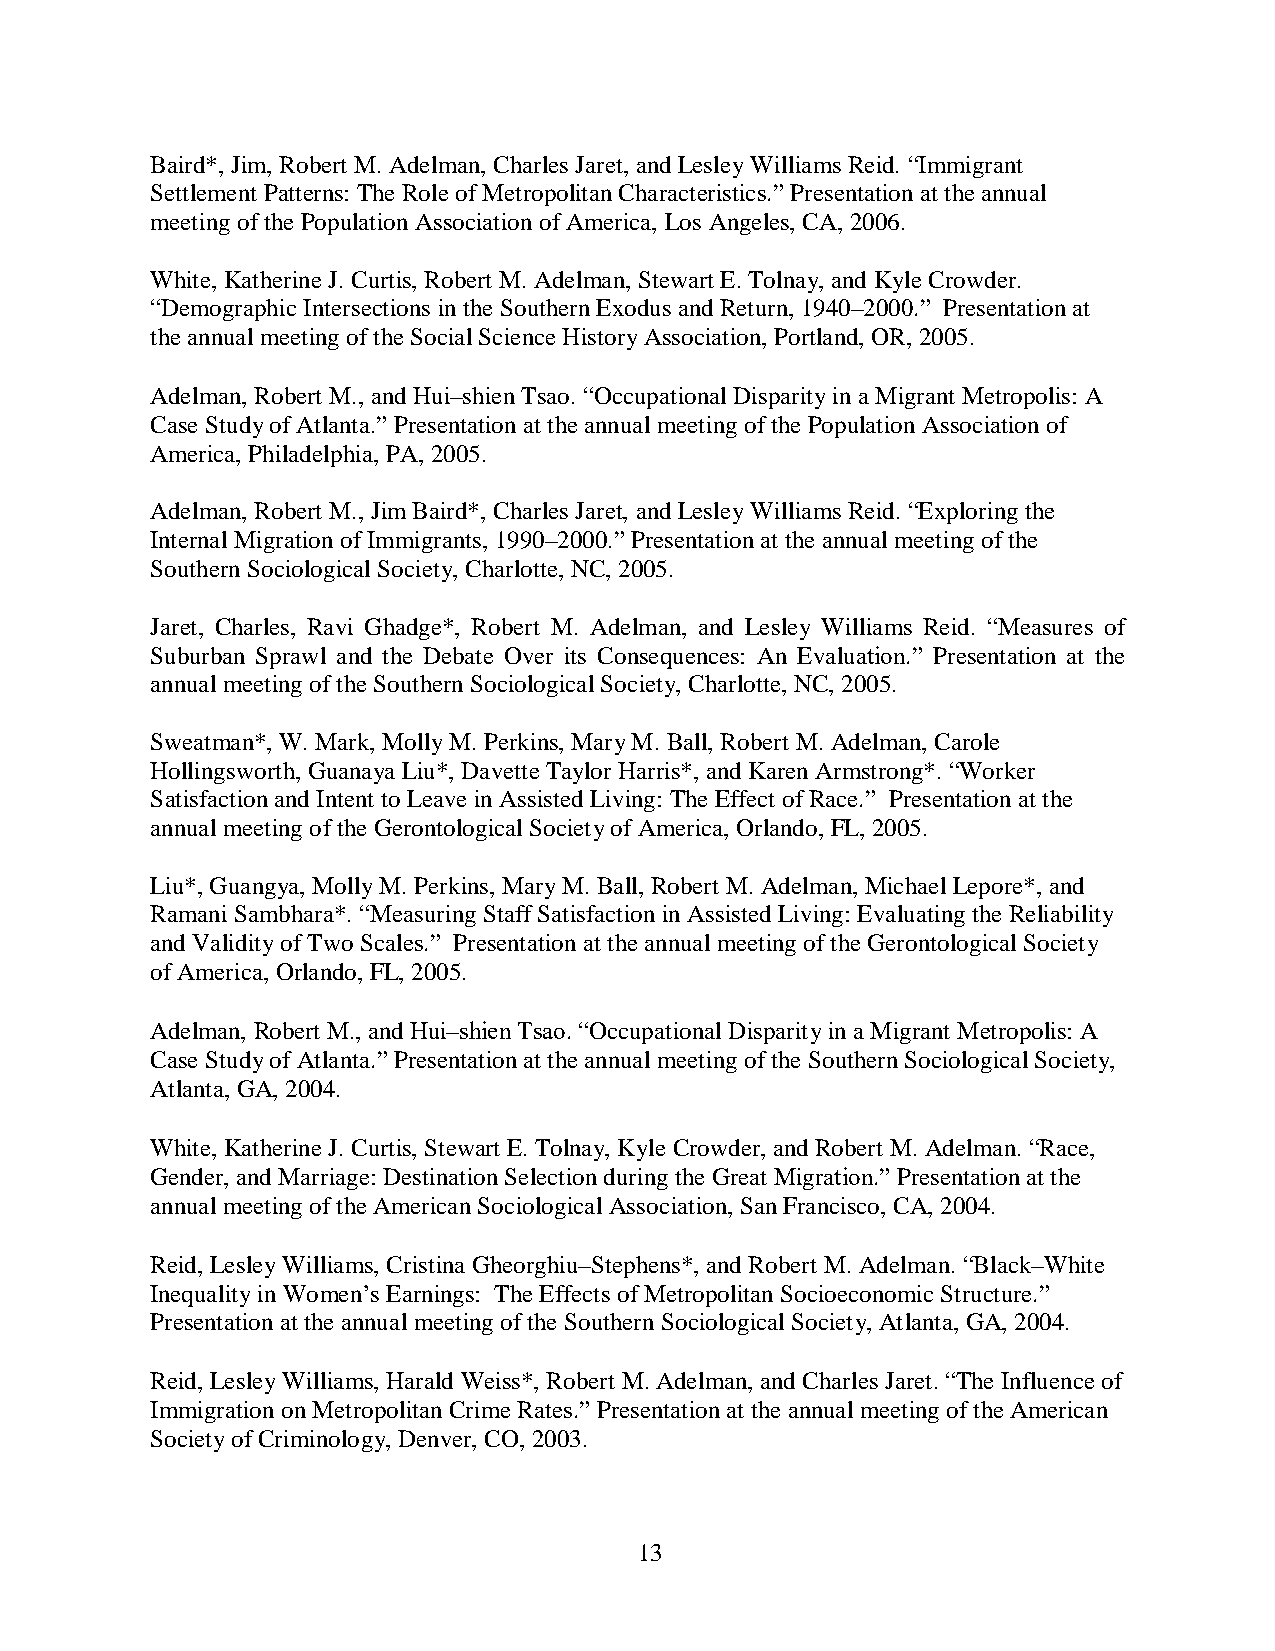
Baird*, Jim, Robert M. Adelman, Charles Jaret, and Lesley Williams Reid. “Immigrant
 Settlement Patterns: The Role of Metropolitan Characteristics.” Presentation at the annual
 meeting of the Population Association of America, Los Angeles, CA, 2006.
 White, Katherine J. Curtis, Robert M. Adelman, Stewart E. Tolnay, and Kyle Crowder.
 “Demographic Intersections in the Southern Exodus and Return, 1940–2000.” Presentation at
 the annual meeting of the Social Science History Association, Portland, OR, 2005.
 Adelman, Robert M., and Hui–shien Tsao. “Occupational Disparity in a Migrant Metropolis: A
 Case Study of Atlanta.” Presentation at the annual meeting of the Population Association of
 America, Philadelphia, PA, 2005.
 Adelman, Robert M., Jim Baird*, Charles Jaret, and Lesley Williams Reid. “Exploring the
 Internal Migration of Immigrants, 1990–2000.” Presentation at the annual meeting of the
 Southern Sociological Society, Charlotte, NC, 2005.
 Jaret, Charles, Ravi Ghadge*, Robert M. Adelman, and Lesley Williams Reid. “Measures of
 Suburban Sprawl and the Debate Over its Consequences: An Evaluation.” Presentation at the
 annual meeting of the Southern Sociological Society, Charlotte, NC, 2005.
 Sweatman*, W. Mark, Molly M. Perkins, Mary M. Ball, Robert M. Adelman, Carole
 Hollingsworth, Guanaya Liu*, Davette Taylor Harris*, and Karen Armstrong*. “Worker
 Satisfaction and Intent to Leave in Assisted Living: The Effect of Race.” Presentation at the
 annual meeting of the Gerontological Society of America, Orlando, FL, 2005.
 Liu*, Guangya, Molly M. Perkins, Mary M. Ball, Robert M. Adelman, Michael Lepore*, and
 Ramani Sambhara*. “Measuring Staff Satisfaction in Assisted Living: Evaluating the Reliability
 and Validity of Two Scales.” Presentation at the annual meeting of the Gerontological Society
 of America, Orlando, FL, 2005.
 Adelman, Robert M., and Hui–shien Tsao. “Occupational Disparity in a Migrant Metropolis: A
 Case Study of Atlanta.” Presentation at the annual meeting of the Southern Sociological Society,
 Atlanta, GA, 2004.
 White, Katherine J. Curtis, Stewart E. Tolnay, Kyle Crowder, and Robert M. Adelman. “Race,
 Gender, and Marriage: Destination Selection during the Great Migration.” Presentation at the
 annual meeting of the American Sociological Association, San Francisco, CA, 2004.
 Reid, Lesley Williams, Cristina Gheorghiu–Stephens*, and Robert M. Adelman. “Black–White
 Inequality in Women’s Earnings: The Effects of Metropolitan Socioeconomic Structure.”
 Presentation at the annual meeting of the Southern Sociological Society, Atlanta, GA, 2004.
 Reid, Lesley Williams, Harald Weiss*, Robert M. Adelman, and Charles Jaret. “The Influence of
 Immigration on Metropolitan Crime Rates.” Presentation at the annual meeting of the American
 Society of Criminology, Denver, CO, 2003.
 13